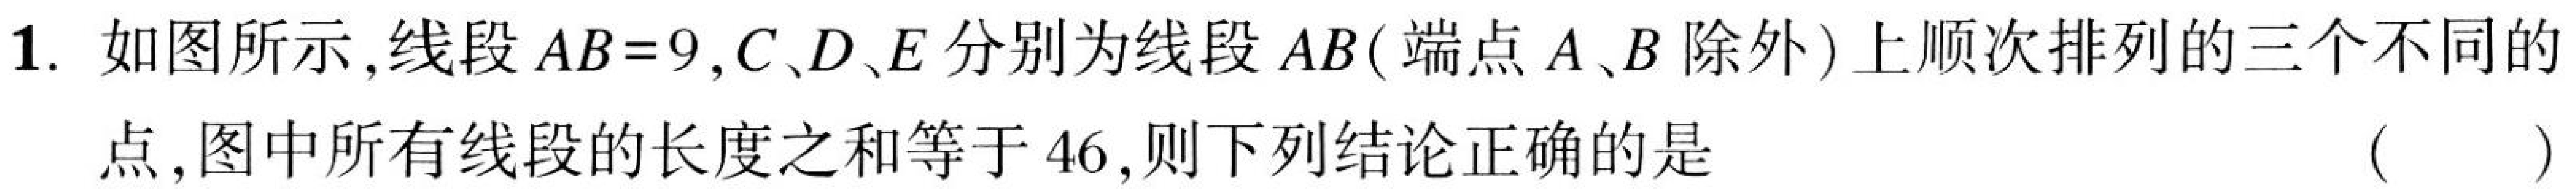
1. 如图所示，线段\(AB = 9\)，\(C、D、E\)分别为线段\(AB\)（端点\(A、B\)除外）上顺次排列的三个不同的
点，图中所有线段的长度之和等于\(46\)，则下列结论正确的是（  ）